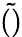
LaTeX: \tilde{()}